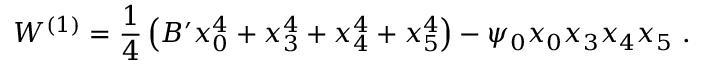
W ^ { ( 1 ) } = { \frac { 1 } { 4 } } \left( B ^ { \prime } x _ { 0 } ^ { 4 } + x _ { 3 } ^ { 4 } + x _ { 4 } ^ { 4 } + x _ { 5 } ^ { 4 } \right) - \psi _ { 0 } x _ { 0 } x _ { 3 } x _ { 4 } x _ { 5 } ~ .